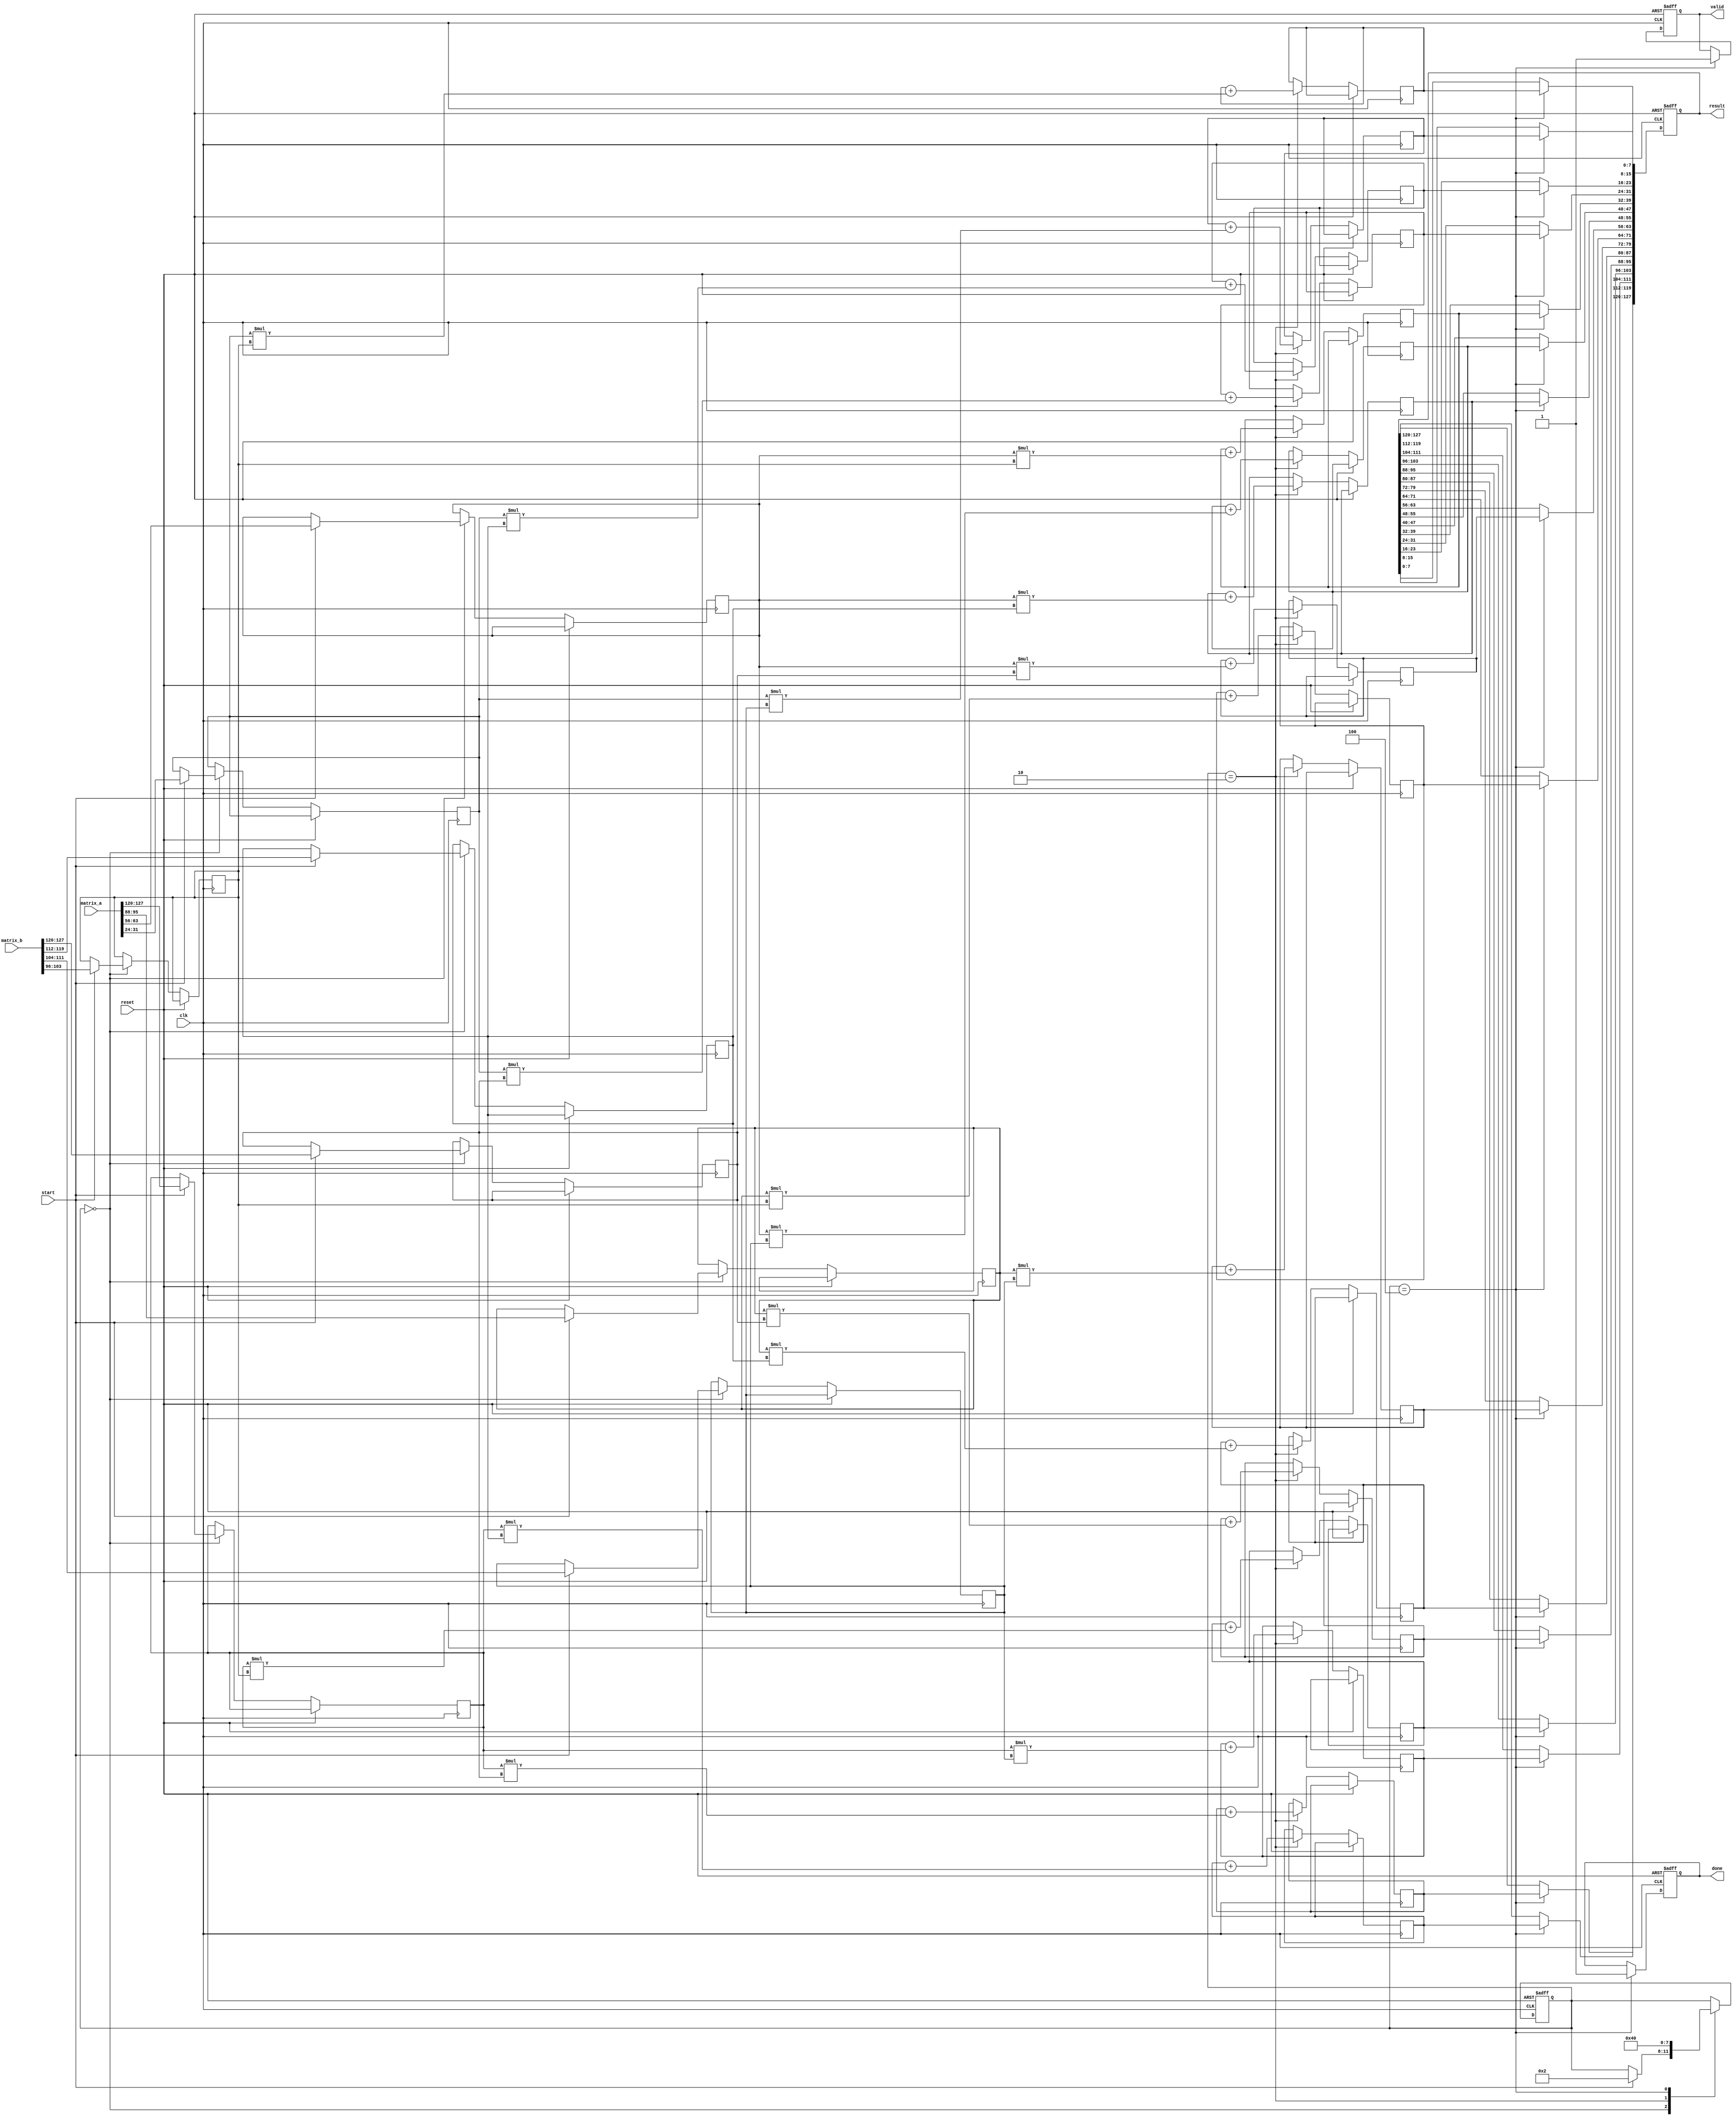
module stencil_multiplier #(
    parameter M = 4, // Number of rows in matrix A
    parameter N = 4, // Number of columns in matrix A and rows in B
    parameter P = 4, // Number of columns in matrix B
    parameter DATA_WIDTH = 8 // Width of each element
) (
    input wire clk,
    input wire reset,
    input wire start,
    input wire [DATA_WIDTH*M*N-1:0] matrix_a, // Flattened matrix A
    input wire [DATA_WIDTH*N*P-1:0] matrix_b, // Flattened matrix B
    output reg [DATA_WIDTH*M*P-1:0] result, // Flattened result
    output reg valid,
    output reg done
);

    reg [3:0] state;
    localparam IDLE     = 4'b0000,
               LOAD     = 4'b0001,
               MULTIPLY = 4'b0010,
               ACCUMULATE = 4'b0011,
               OUTPUT    = 4'b0100;

    // Internal storage for partial products and accumulators
    reg [DATA_WIDTH-1:0] a [0:M-1][0:N-1]; // Matrix A
    reg [DATA_WIDTH-1:0] b [0:N-1][0:P-1]; // Matrix B
    reg [DATA_WIDTH-1:0] partial_results [0:M-1][0:P-1]; // Partial results

    integer i, j, k;

    always @(posedge clk or posedge reset) begin
        if (reset) begin
            state <= IDLE;
            valid <= 0;
            done <= 0;
            result <= 0;
        end else begin
            case (state)
                IDLE: begin
                    if (start) begin
                        // Load matrices from flat inputs
                        for (i = 0; i < M; i = i + 1) begin
                            for (j = 0; j < N; j = j + 1) begin
                                a[i][j] <= matrix_a[(i*N+j)*DATA_WIDTH +: DATA_WIDTH];
                            end
                        end

                        for (i = 0; i < N; i = i + 1) begin
                            for (j = 0; j < P; j = j + 1) begin
                                b[i][j] <= matrix_b[(i*P+j)*DATA_WIDTH +: DATA_WIDTH];
                            end
                        end
                        state <= MULTIPLY;
                    end
                end

                MULTIPLY: begin
                    // Clear previous results
                    for (i = 0; i < M; i = i + 1) begin
                        for (j = 0; j < P; j = j + 1) begin
                            partial_results[i][j] <= 0;
                        end
                    end
                    
                    // Perform multiplication
                    for (i = 0; i < M; i = i + 1) begin
                        for (j = 0; j < P; j = j + 1) begin
                            for (k = 0; k < N; k = k + 1) begin
                                partial_results[i][j] <= partial_results[i][j] + (a[i][k] * b[k][j]);
                            end
                        end
                    end
                    state <= OUTPUT;
                end

                OUTPUT: begin
                    // Output the result
                    for (i = 0; i < M; i = i + 1) begin
                        for (j = 0; j < P; j = j + 1) begin
                            result[(i*P+j)*DATA_WIDTH +: DATA_WIDTH] <= partial_results[i][j];
                        end
                    end
                    valid <= 1;
                    done <= 1;  
                    state <= IDLE; // Option to go back to IDLE after output
                end
            endcase
        end
    end

endmodule